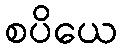
စပိယေ